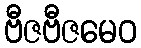
ဗီဇဗီဇမေဝ